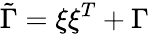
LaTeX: \tilde{\Gamma}=\xi\xi^{T}+\Gamma